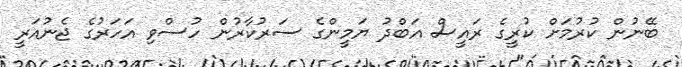
ބޭނުން ކުރުމަށް ކުރީގެ ރައީސް އަބްދު ޔަމީންގެ ސަރުކާރުން ހުސްވި އަހަރުގެ ޖެނުއަރީ